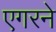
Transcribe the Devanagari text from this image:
एगरने